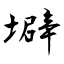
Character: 壀